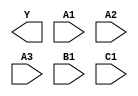
module sky130_fd_sc_ms__a311oi (
    Y ,
    A1,
    A2,
    A3,
    B1,
    C1
);

    output Y ;
    input  A1;
    input  A2;
    input  A3;
    input  B1;
    input  C1;

    // Voltage supply signals
    supply1 VPWR;
    supply0 VGND;
    supply1 VPB ;
    supply0 VNB ;

endmodule